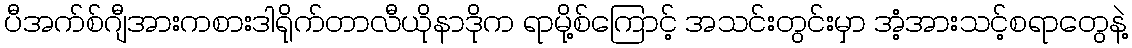
ပီအက်စ်ဂျီအားကစားဒါရိုက်တာလီယိုနာဒိုက ရာမို့စ်ကြောင့် အသင်းတွင်းမှာ အံ့အားသင့်စရာတွေနဲ့